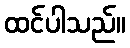
ထင်ပါသည်။